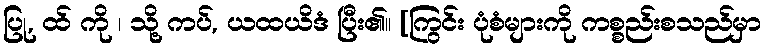
ပြု, ထ် ကို ၊ သို့ ကပ်, ယထယိဒံ ပြီး၏။ [ကြွင်း ပုံစံများကို ကစ္စည်းစသည်မှာ